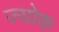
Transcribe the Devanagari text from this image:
ज्योक